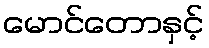
မောင်တောနှင့်